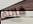
قاتلة